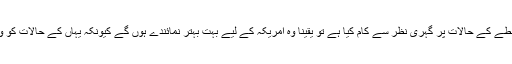
میں سمجھتا ہوں کہ اُنھوں نے اس وقت اس خطے کے حالات پر گہری نظر سے کام کیا ہے تو یقیناً وہ امریکہ کے لیے بہت بہتر نمائندے ہوں گے کیونکہ یہاں کے حالات کو وہ شاید دوسروں سے زیادہ بہتر سمجھتے ہیں۔